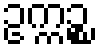
ဥက္ကဉ္စ